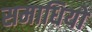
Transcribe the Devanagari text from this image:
समाधियो